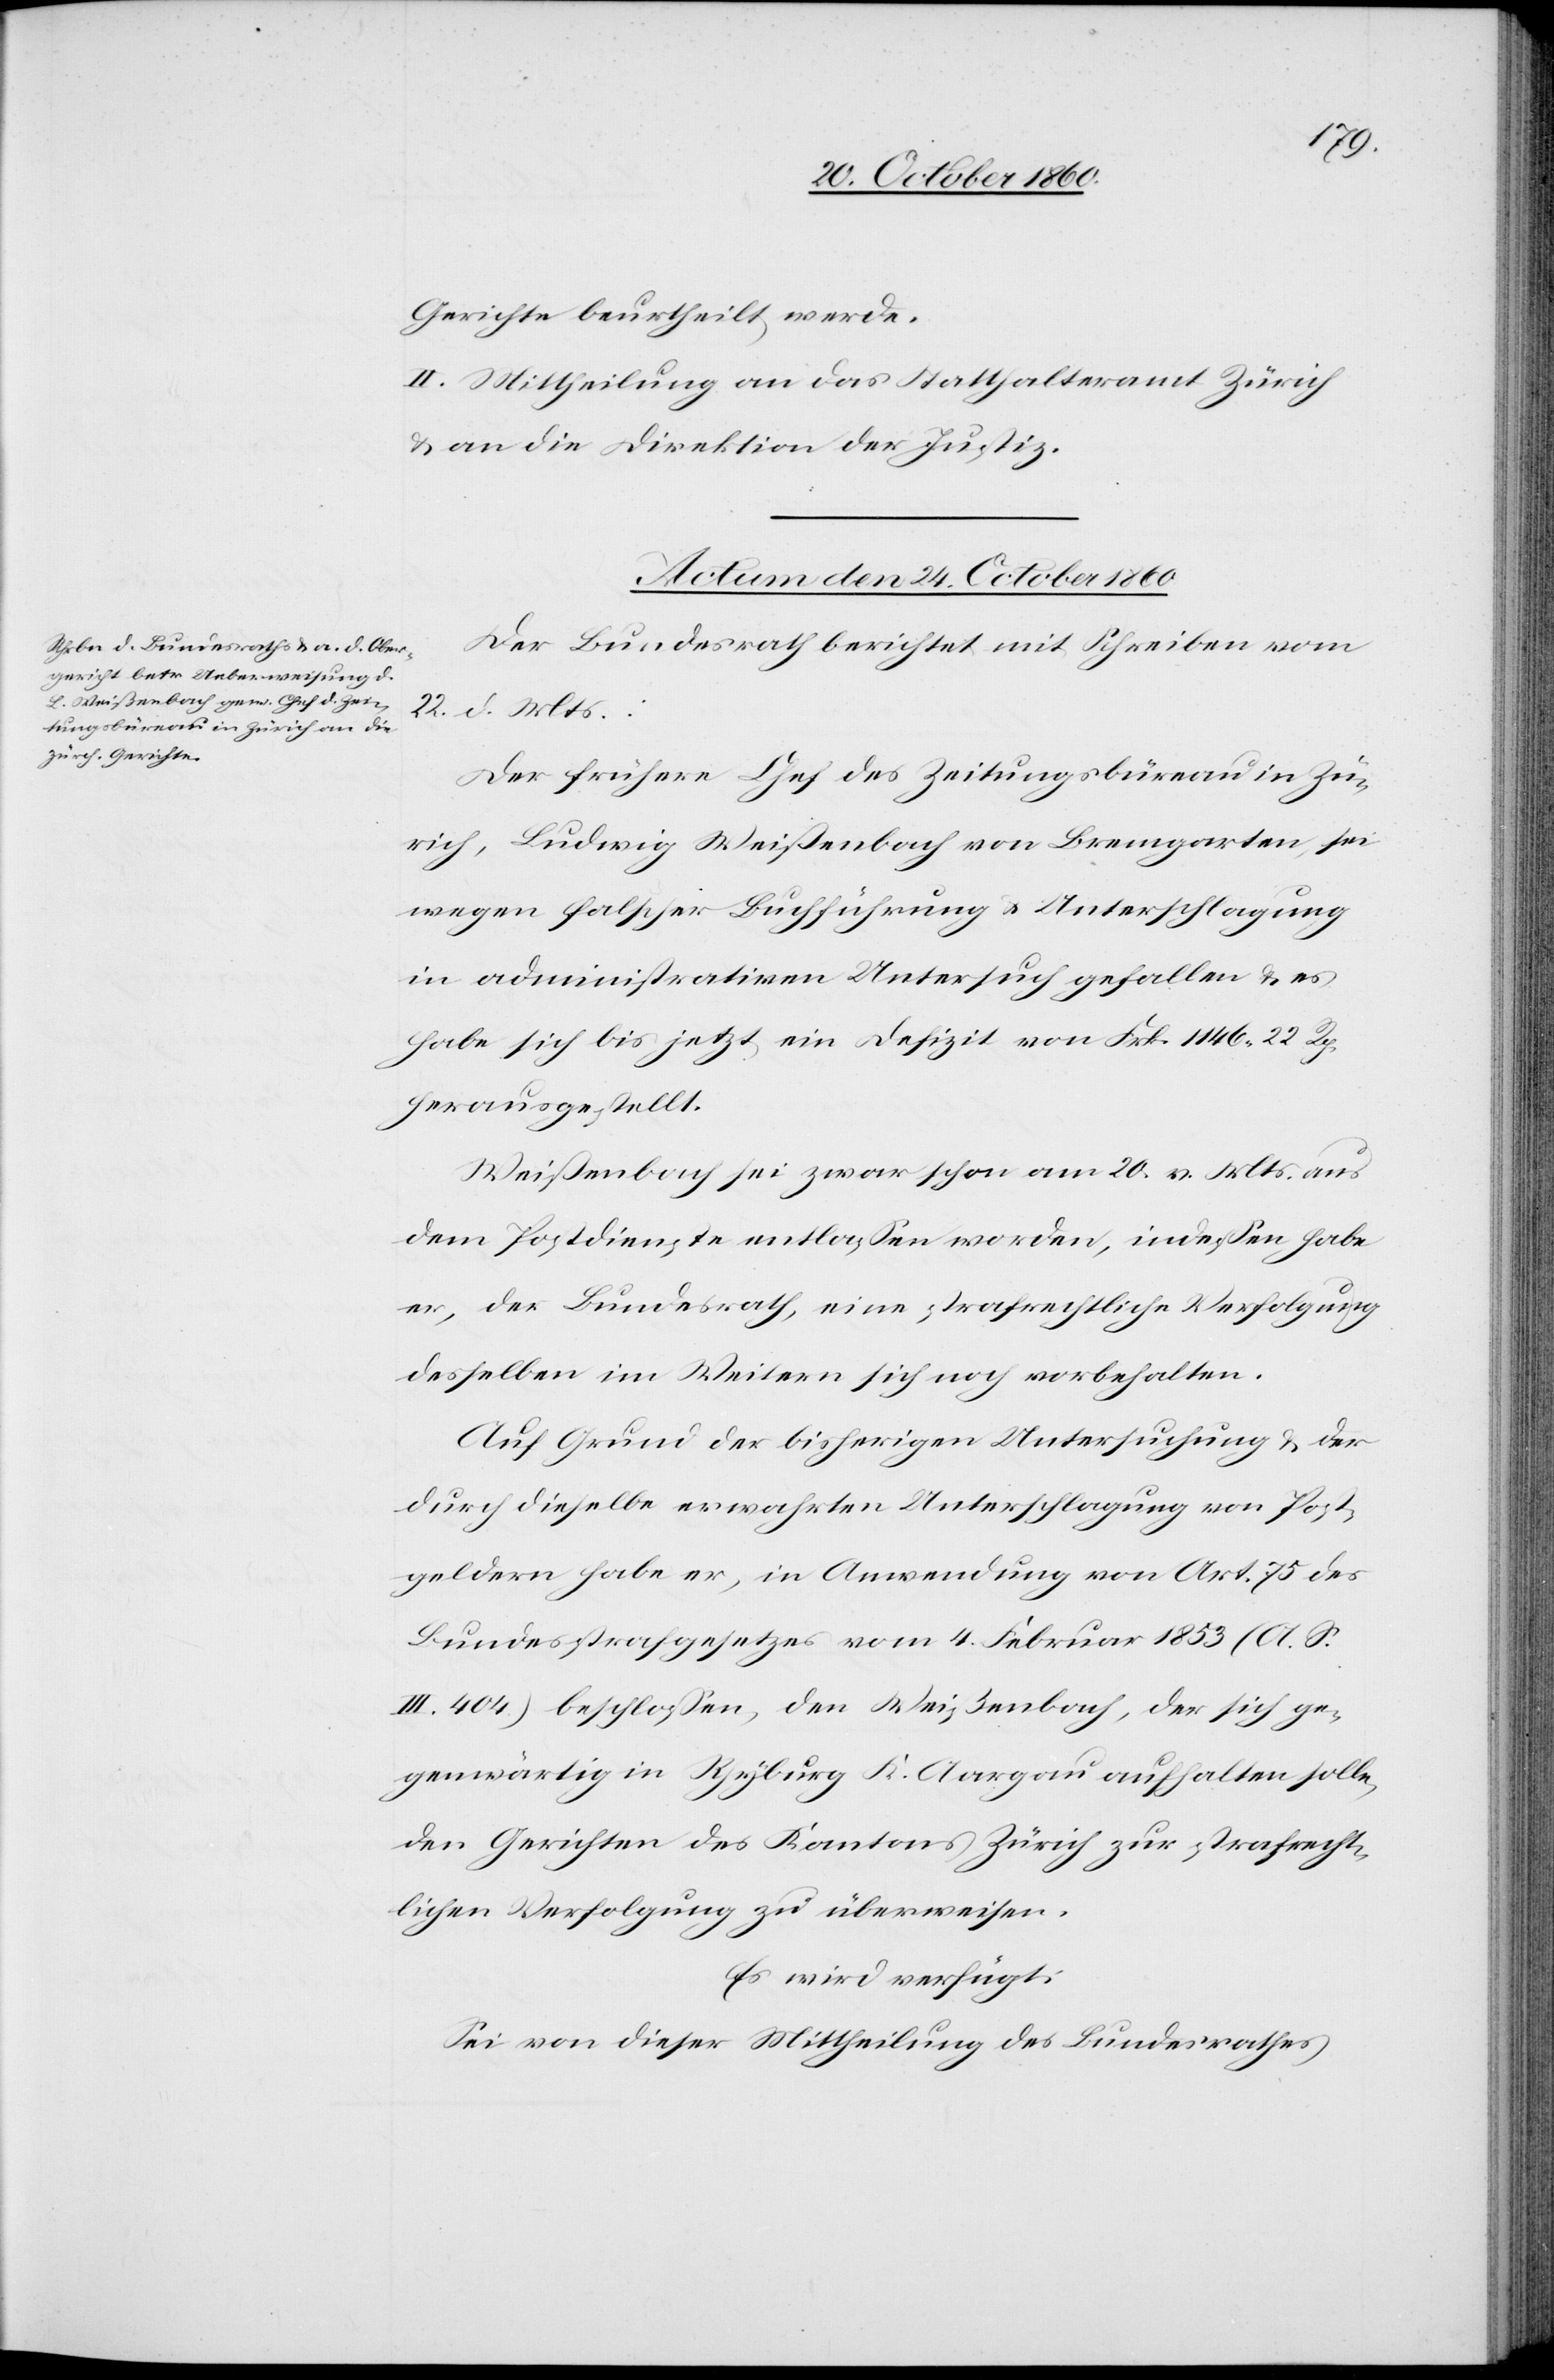
Gerichte beurtheilt werde.
II. Mittheilung an das Statthalteramt Zürich
u. an die Direktion der Justiz.
Actum den 24. October 1860.
Der Bundesrath berichtet mit Schreiben vom
22. d. Mts.:
Der frühere Chef des Zeitungsbüreau in Zü¬
rich, Ludwig Weißenbach von Bremgarten, sei
wegen falscher Buchführung u. Unterschlagung
in administrativen [sic!] Untersuchung gefallen u. es
habe sich bis jetzt ein Defizit von Frk. 1146 22 Rp.
herausgestellt.
Weißenbach sei zwar schon am 20. v. Mts. aus
dem Postdienste entlassen worden, indessen habe
er, der Bezirksrath, eine strafrechtliche Verfolgung
desselben im Weitern sich noch vorbehalten.
Auf Grund der bisherigen Untersuchung u. der
durch dieselbe erwahrten Unterschlagung von Post¬
geldern habe er, in Anwendung von Art. 75 des
Bundesstrafgesetzes vom 4. Februar 1853 (A. S.
III. 404) beschlossen, den Weißenbach, der sich ge¬
genwärtig in Ryburg K. Aargau aufhalten solle,
den Gerichten des Kantons Zürich zur strafrecht¬
lichen Verfolgung zu überweisen.
Es wird verfügt:
Sei von dieser Mittheilung des Bundesrathes